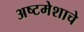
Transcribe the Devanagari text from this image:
अष्टमेशाचे